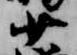
少